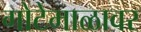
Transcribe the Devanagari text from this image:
गोटेमाळावर